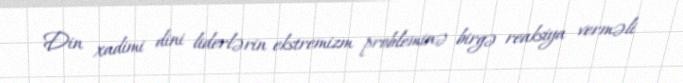
Din xadimi dini liderlərin ekstremizm probleminə birgə reaksiya verməli